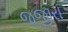
જજીરા